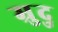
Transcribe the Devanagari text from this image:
म्रुदु